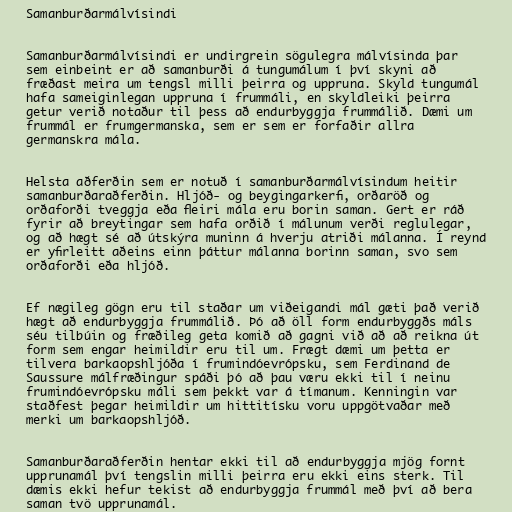
Samanburðarmálvísindi

Samanburðarmálvísindi er undirgrein sögulegra málvísinda þar
sem einbeint er að samanburði á tungumálum í því skyni að
fræðast meira um tengsl milli þeirra og uppruna. Skyld tungumál
hafa sameiginlegan uppruna í frummáli, en skyldleiki þeirra
getur verið notaður til þess að endurbyggja frummálið. Dæmi um
frummál er frumgermanska, sem er sem er forfaðir allra
germanskra mála.

Helsta aðferðin sem er notuð í samanburðarmálvísindum heitir
samanburðaraðferðin. Hljóð- og beygingarkerfi, orðaröð og
orðaforði tveggja eða fleiri mála eru borin saman. Gert er ráð
fyrir að breytingar sem hafa orðið í málunum verði reglulegar,
og að hægt sé að útskýra muninn á hverju atriði málanna. Í reynd
er yfirleitt aðeins einn þáttur málanna borinn saman, svo sem
orðaforði eða hljóð.

Ef nægileg gögn eru til staðar um viðeigandi mál gæti það verið
hægt að endurbyggja frummálið. Þó að öll form endurbyggðs máls
séu tilbúin og fræðileg geta komið að gagni við að að reikna út
form sem engar heimildir eru til um. Frægt dæmi um þetta er
tilvera barkaopshljóða í frumindóevrópsku, sem Ferdinand de
Saussure málfræðingur spáði þó að þau væru ekki til í neinu
frumindóevrópsku máli sem þekkt var á tímanum. Kenningin var
staðfest þegar heimildir um hittitísku voru uppgötvaðar með
merki um barkaopshljóð.

Samanburðaraðferðin hentar ekki til að endurbyggja mjög fornt
upprunamál því tengslin milli þeirra eru ekki eins sterk. Til
dæmis ekki hefur tekist að endurbyggja frummál með því að bera
saman tvö upprunamál.